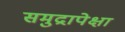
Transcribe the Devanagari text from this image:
समुद्रापेक्षा